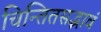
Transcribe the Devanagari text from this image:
चिन्तितसद्भावं